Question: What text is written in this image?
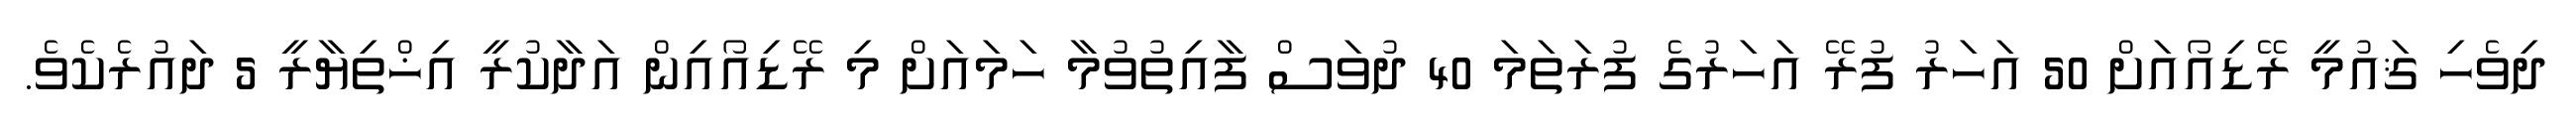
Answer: ދިވެހި ޤައުމީ ރޭޑިއޯއަށް 50 އަހަރު ފުރޭ އަހަރުގެ ފުރަތަމަ 40 ދުވަސް ފާއިތުވުމާ ހަމައަށް މި ރޭޑިއޯއިން އަދާކުރީ އިޚްތިޔާރީ 5 ދައުރެކެވެ.